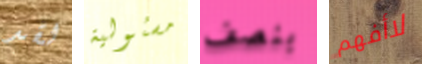
لقد مسئولية بنصف لاأفهم